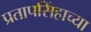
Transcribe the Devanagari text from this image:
प्रतापसिंहाच्या